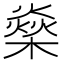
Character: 燊